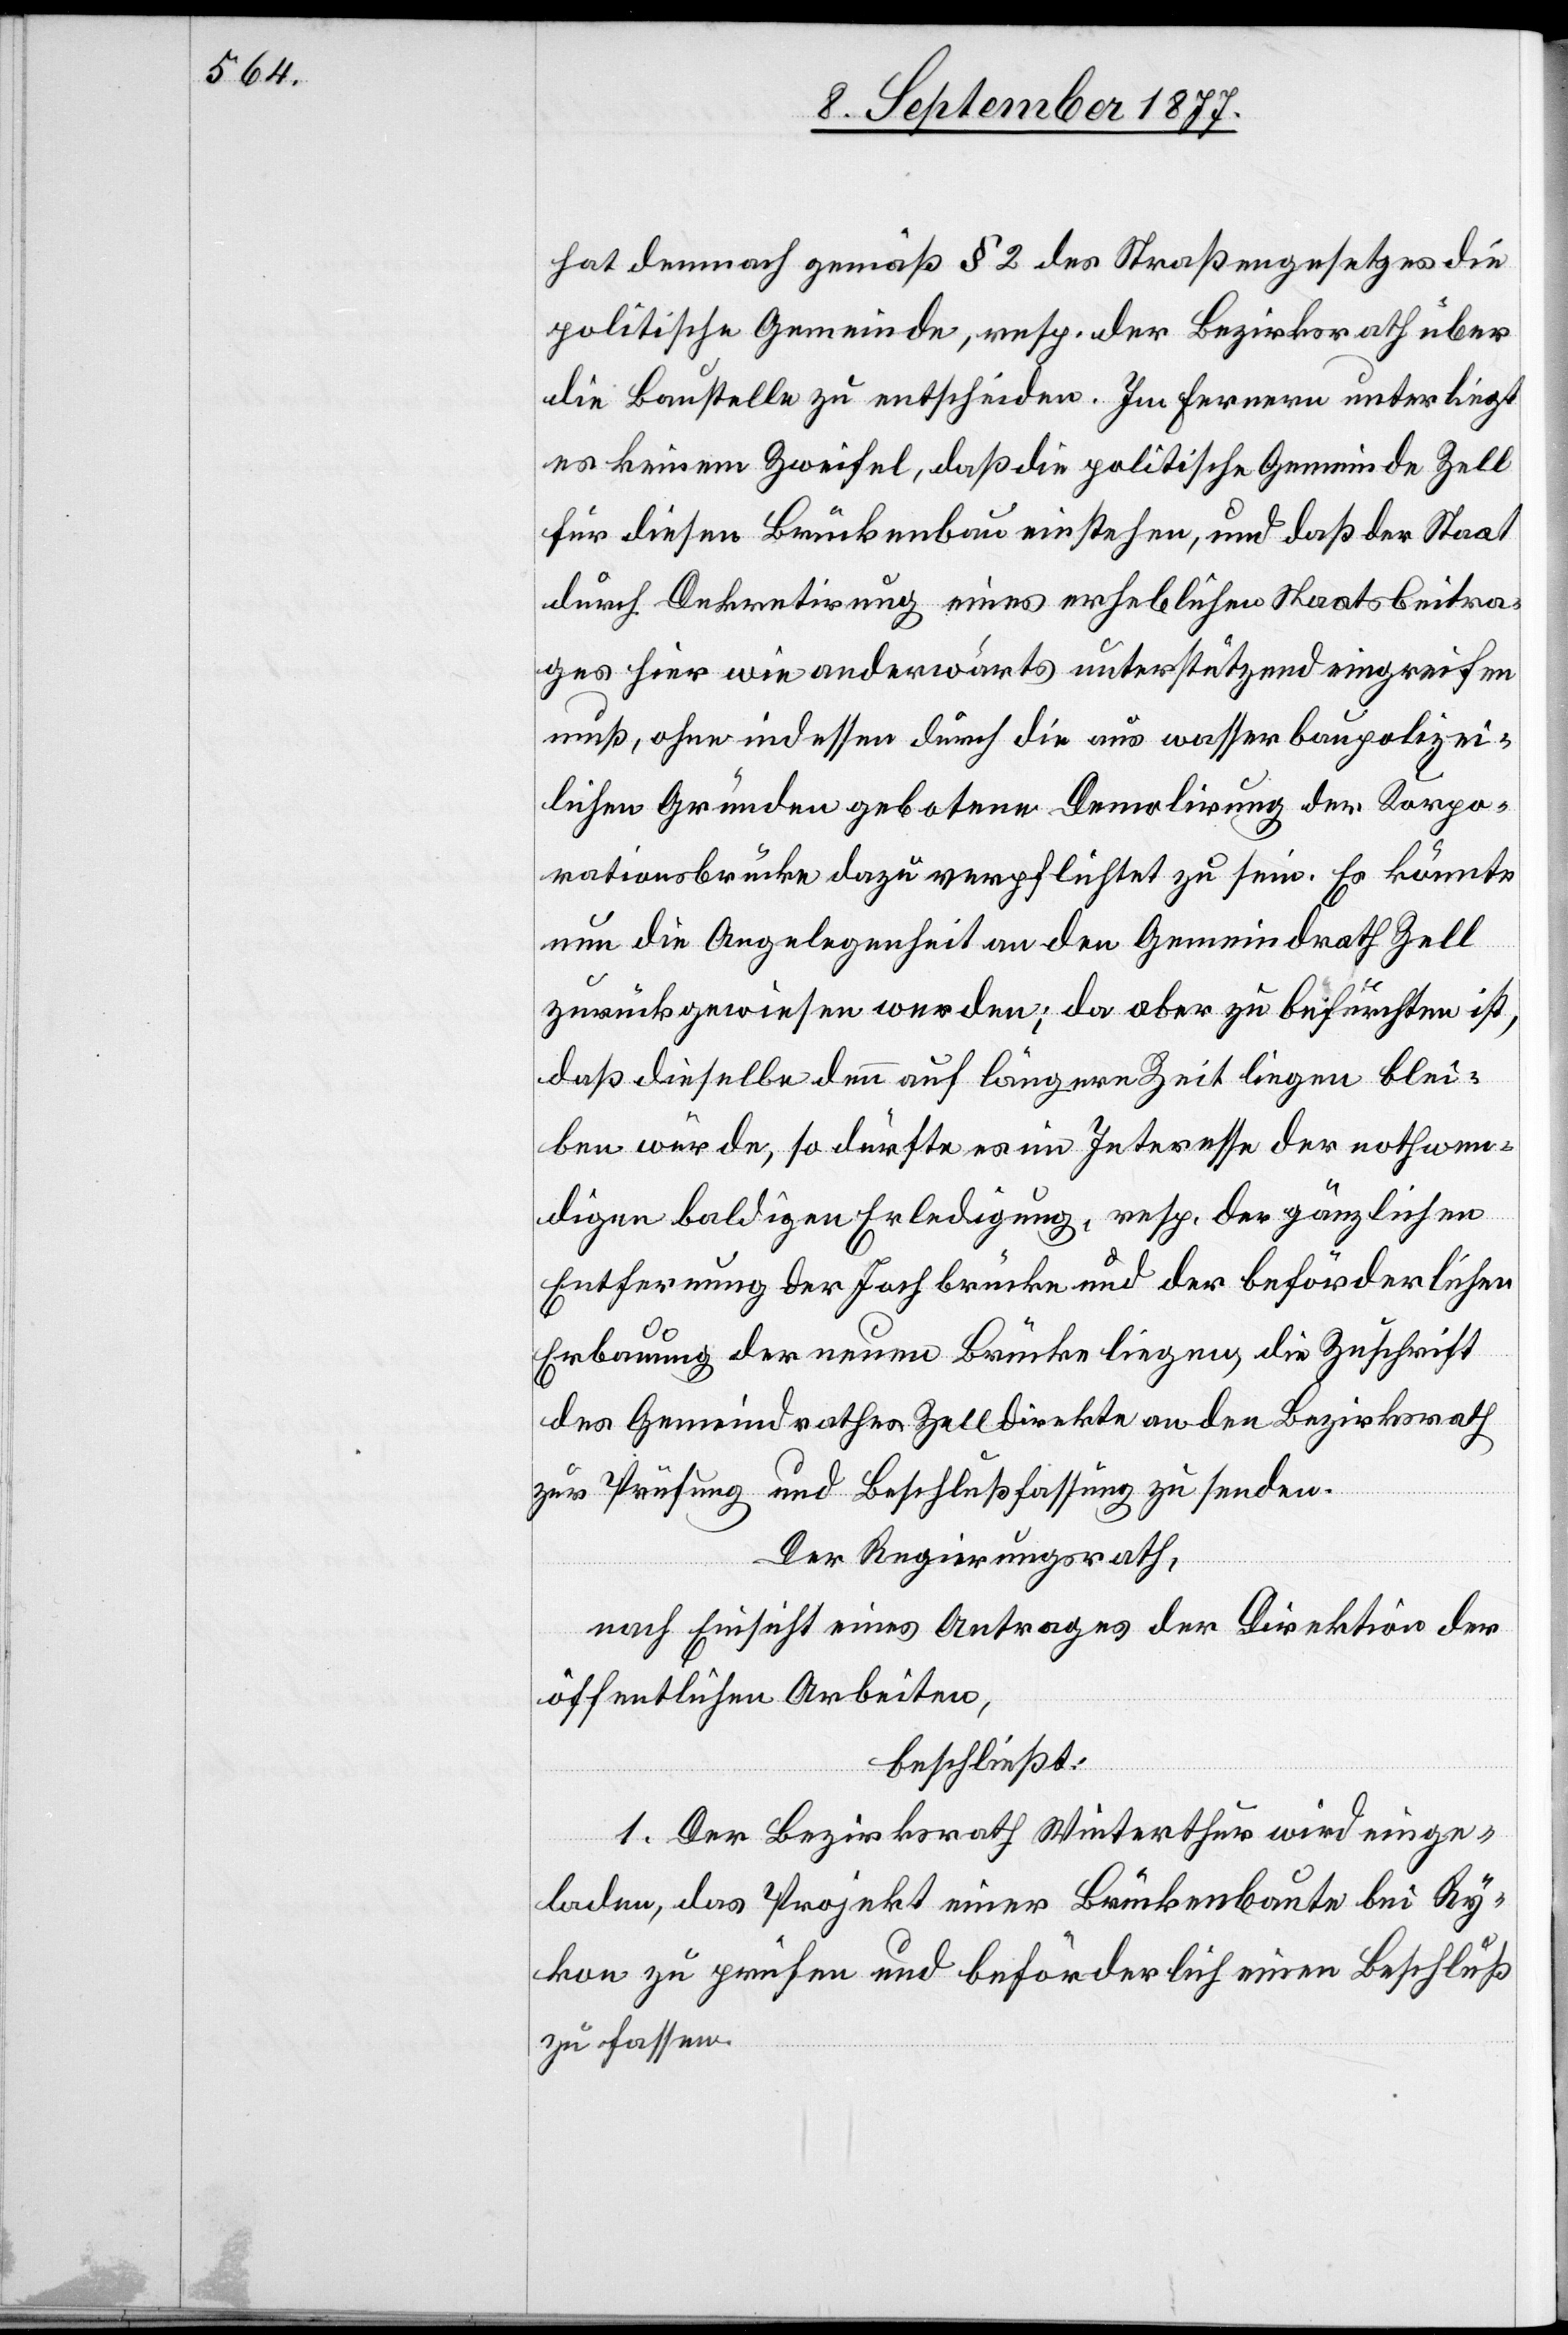
hat demnach gemäß § 2 des Straßengesetzes die
politische Gemeinde, resp. der Bezirksrath über
die Baustelle zu entscheiden. Im Fernern unterliegt
es keinem Zweifel, daß die politische Gemeinde Zell
für diesen Brückenbau einstehen, und daß der Staat
durch Dekretirung eines erheblichen Staatsbeitra¬
ges hier wie anderwärts unterstützend eingreifen
muß, ohne indessen durch die aus wasserbaupolizei¬
lichen Gründen gebotene Demolirung der Korpo¬
rationsbrücke dazu verpflichtet zu sein. Es könnte
nun die Angelegenheit an den Gemeindrath Zell
zurückgewiesen werden; da aber zu befürchten ist,
daß dieselbe denn auf längere Zeit liegen blei¬
ben würde, so dürfte es im Interesse der nothwen¬
digen baldigen Erledigung, resp. der gänzlichen
Entfernung der Jochbrücke und der beförderlichen
Erbauung der neuen Brücke liegen, die Zuschrift
des Gemeindrathes Zell direkte an den Bezirksrath
zur Prüfung und Beschlußfassung zu senden.
Der Regierungsrath,
nach Einsicht eines Antrages der Direktion der
öffentlichen Arbeiten,
beschließt:
1. Der Bezirksrath Winterthur wird einge¬
laden, das Projekt einer Brückenbaute bei Ry¬
kon zu prüfen und beförderlich einen Beschluß
zu fassen.